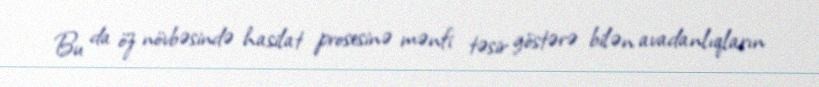
Bu da öz növbəsində hasilat prosesinə mənfi təsir göstərə bilən avadanlıqların